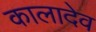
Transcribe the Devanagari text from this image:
कालादेव